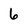
Character: 6